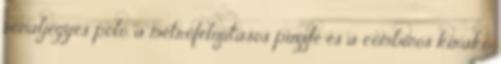
vonaljegyes póló, a metrófelújításos puzzle és a combinós kirakó